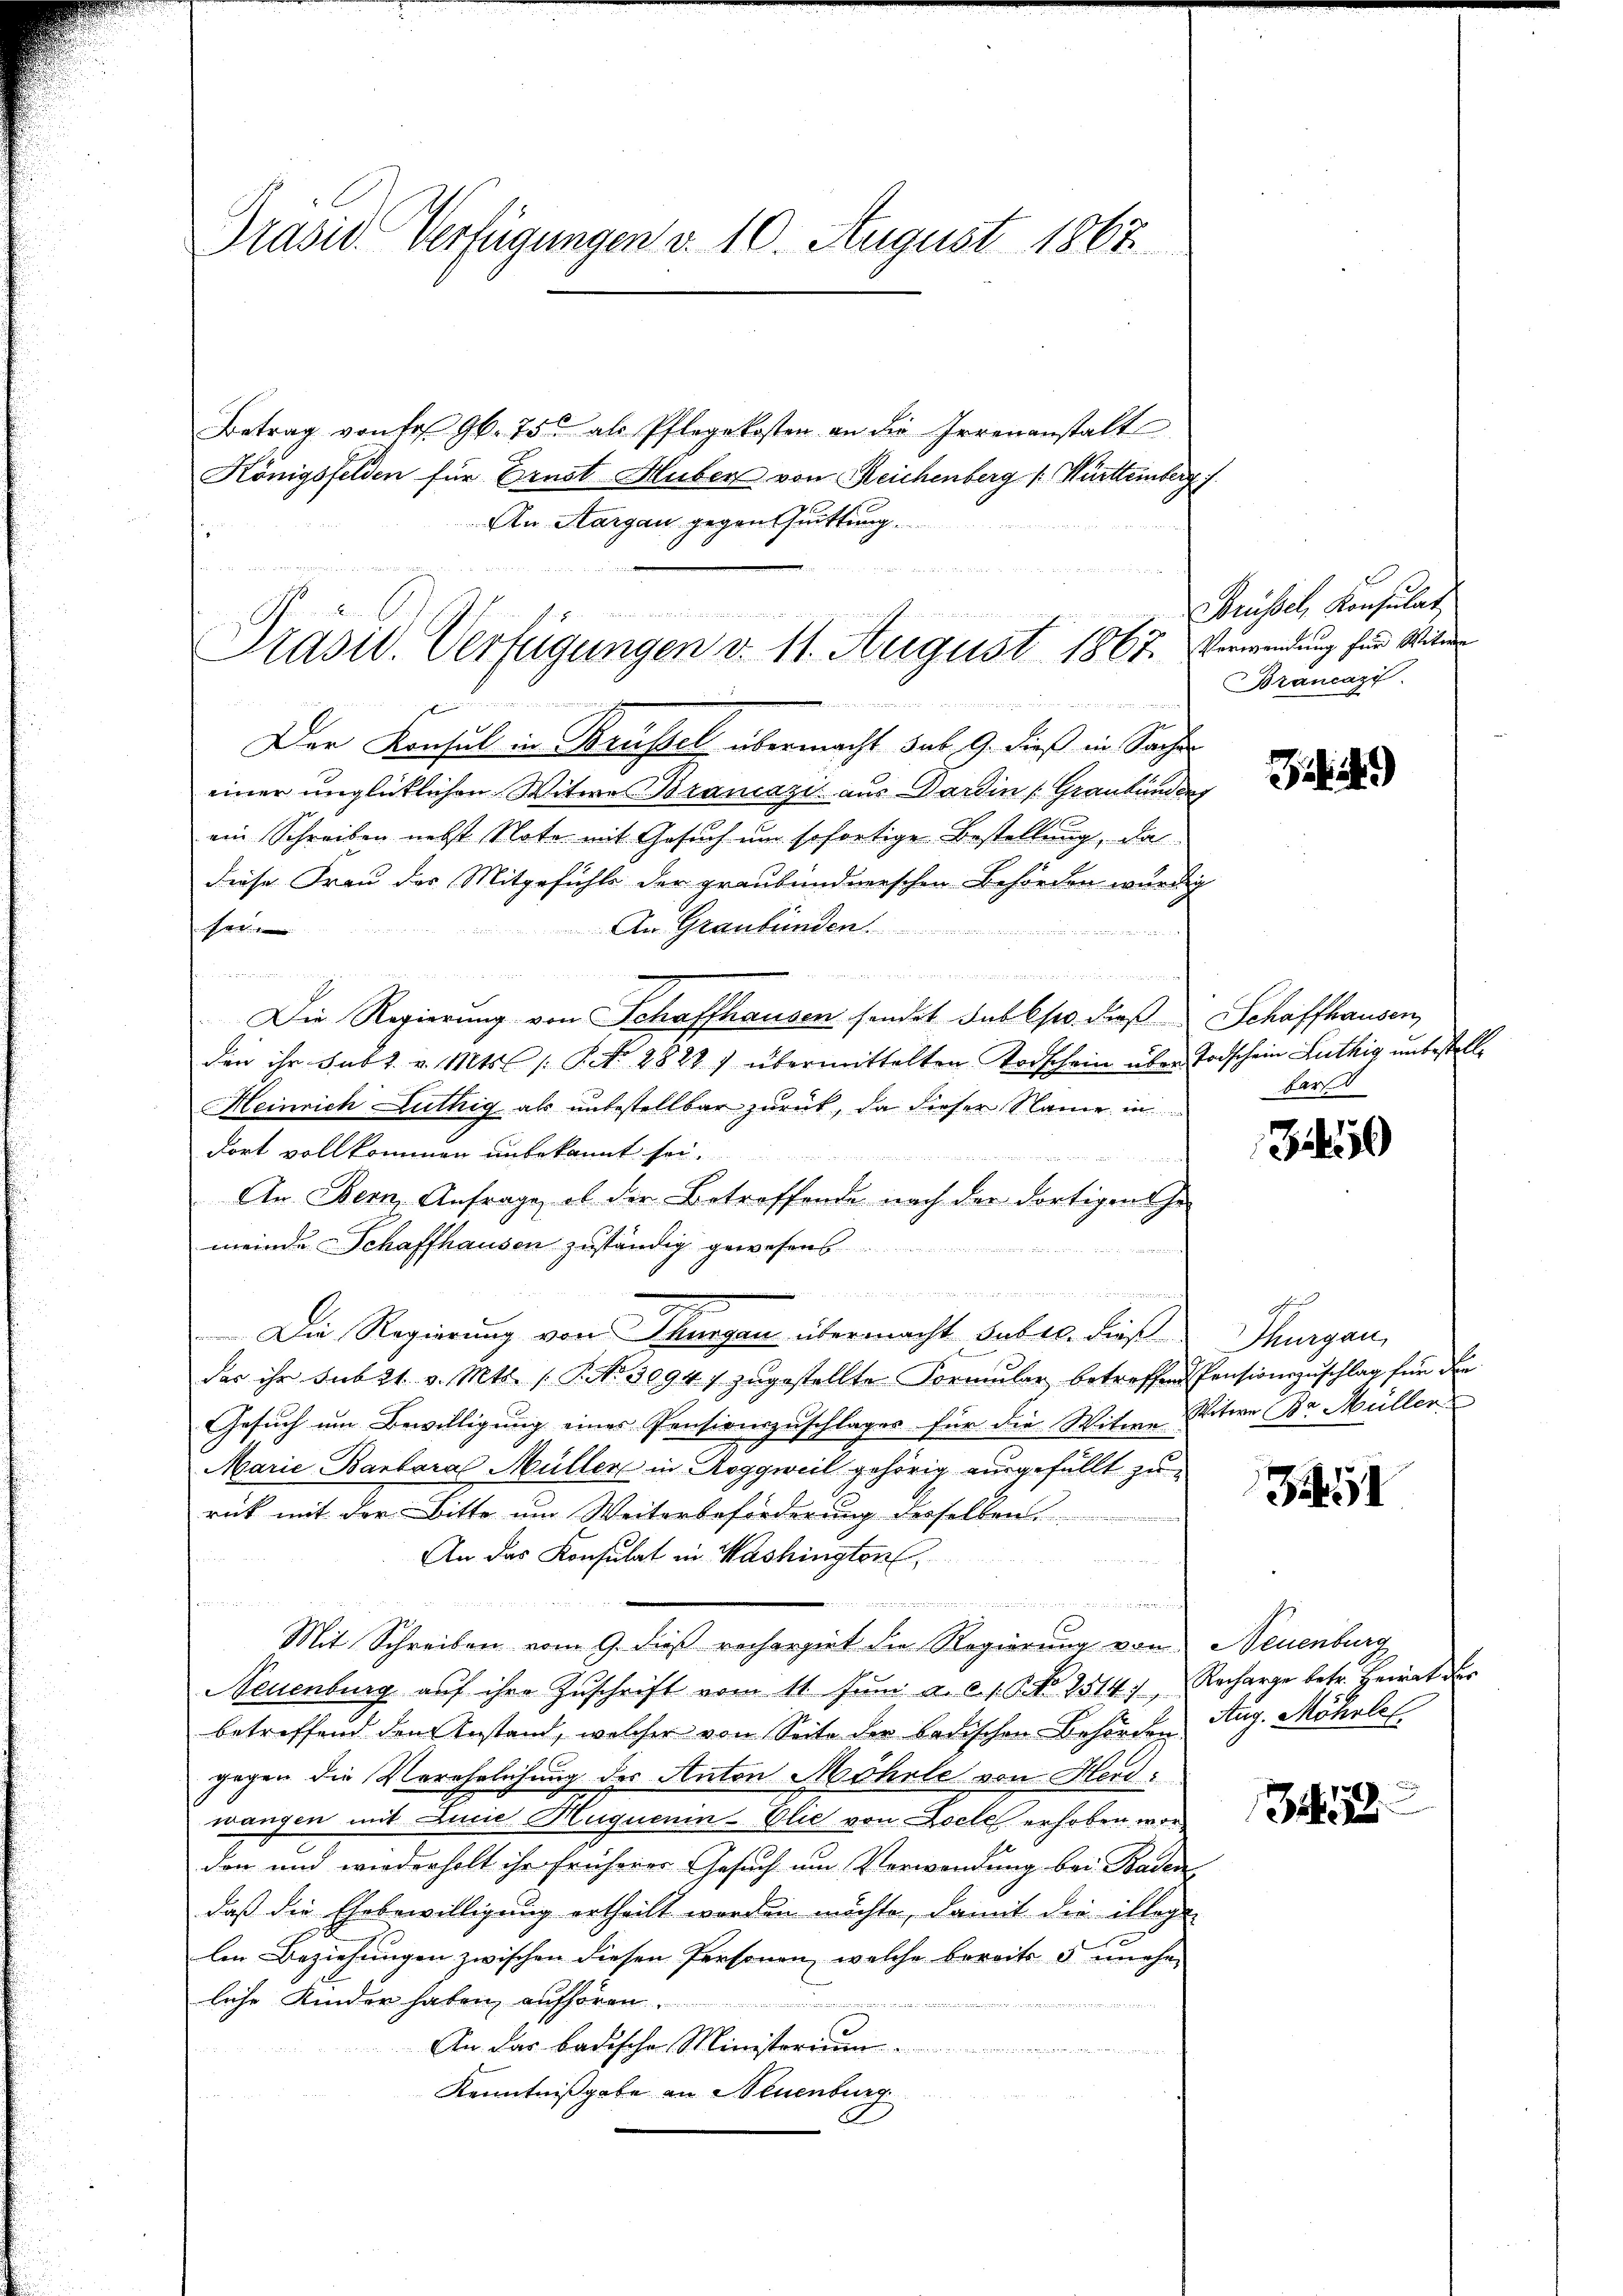
Präsid Verfügungen d. 10. August 1867

an
Präsid. Verfügungen v. 11. August 1867. Verwendung für Witwer

Betrag von Fr. 96. 75 als Pflegekosten an die Irrenanstalt
Königsfelden für Ernst Huber von Reichenberg ( Württemberg
An Aargau gegen Quittung.
.

se
Der Konsul in Brüssel übermacht sub. 9. dieß in Sache
einer unglücklichen Witwe Brancazi aus Darin Graubünden
ein Schreiben nebst Note mit Gesuch um sofortige Bestellung, da
diese Frau des Mitgefühls der graubündnerschen Behörden würdig
An Graubünden.
sat
 2
  an den er eine
Die Regierung von Schaffhausen sendet Subst dieß Schaffhausen,
den ihr subt. v. Mts. s. S. 2822) übermittelten Todschein über Todschein Luthig unbestell¬
Heinrich Luthig als unbestellbar zurück, da dieser Name in
dort vollkommen unbekannt sei.
An Bern, Anfrage, ob der Betreffende nach der dortigen Ehe-
meinde Schaffhausen zuständig gewesens

n
Die Regierung von Thurgau übermacht sub er diese Thurgau,
das ihr sub 21. v. Mts. (T. No 30947 zŭgestellte Formŭlar betreffend Pensionszuschlag für die
Gesuch um Bewilligung eines Pensionszuschlages für die Witwe Witwe Br. Müller
Marie Barbara Müller in Roggweil gehörig ausgefüllt zurück mit der Bitte um Weiterbeförderung desselben
An das Konsulat in Washingten,
Feber d
n
C
Mit Schreiben vom 9. daß rechergiet die Regierung von
Neuenburg auf ihre Zuschrift vom 11. Jŭni a. c. s. G. No 2514) Recharge betr. Heirat des
betreffend den Anstand, welcher von Seite der badischen Behörden Aug. Möhrlic
gegen die Verehelichung der Anton Möhrle von Herwangen mit Eine Huquenin-Elie von Loch erhoben worden und wiederholt ihr früherer Gesuch um Verwendung bei Baden
daß die Ehebewilligung ertheilt worden möchte, damit die illoge
len Beziehungen zwischen diesen Personen, welche bereits 3 unehe-
liche Kinder haben aufhören

An das badische Ministerium
Kenntnißgabe an Neuenburg
d

Brüssel, Konsulat,
Brancazi

)

Farst

50

J

Neuenburg

22

E